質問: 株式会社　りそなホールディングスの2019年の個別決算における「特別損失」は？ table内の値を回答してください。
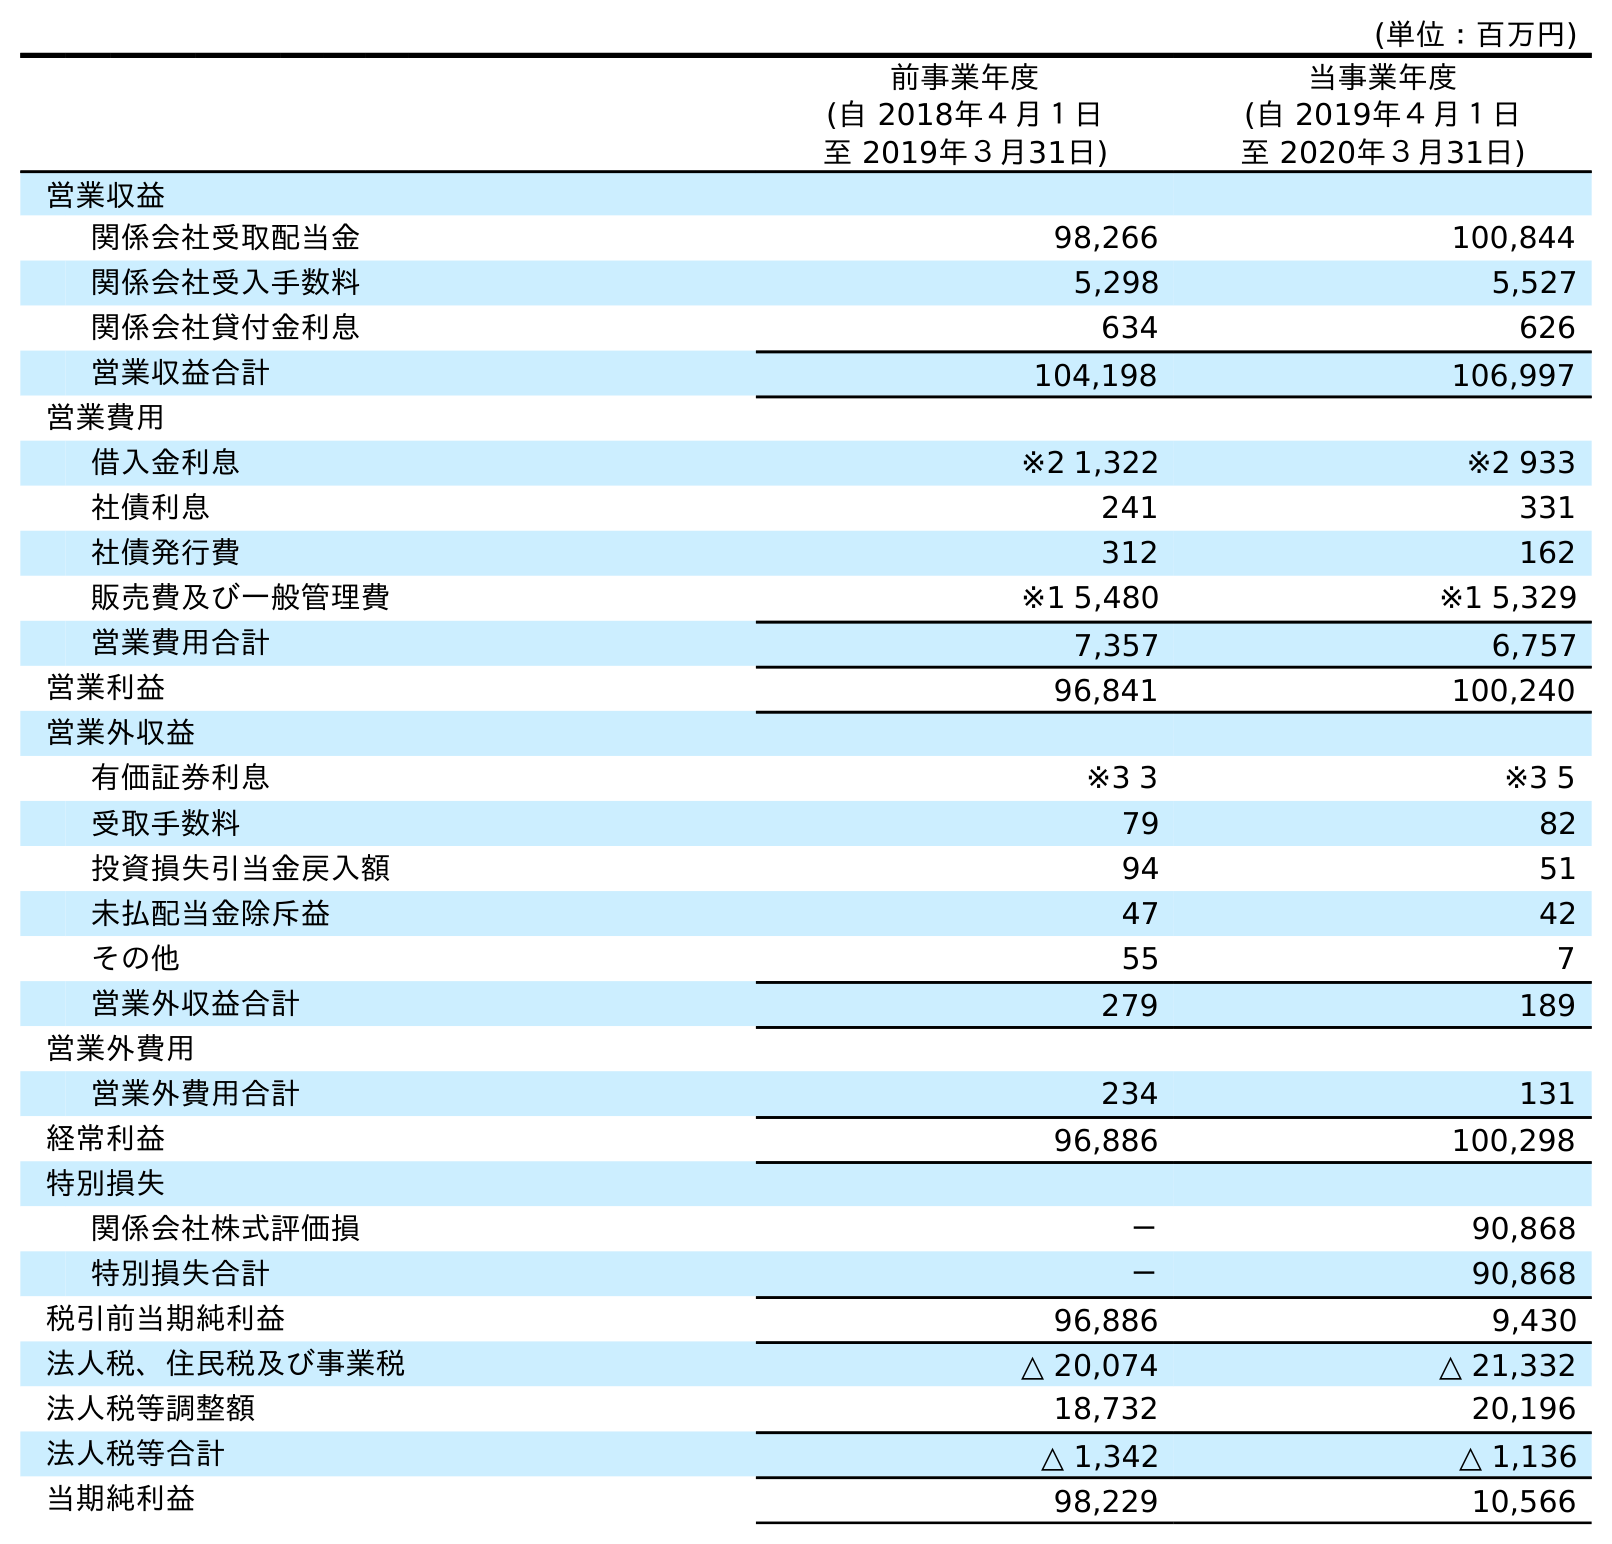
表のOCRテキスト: (単位：百万円) 前事業年度 (自 2018年４月１日 至 2019年３月31日) 当事業年度 (自 2019年４月１日 至 2020年３月31日) 営業収益 関係会社受取配当金 98,266 100,844 関係会社受入手数料 5,298 5,527 関係会社貸付金利息 634 626 営業収益合計 104,198 106,997 営業費用 借入金利息 ※2 1,322 ※2 933 社債利息 241 331 社債発行費 312 162 販売費及び一般管理費 ※1 5,480 ※1 5,329 営業費用合計 7,357 6,757 営業利益 96,841 100,240 営業外収益 有価証券利息 ※3 3 ※3 5 受取手数料 79 82 投資損失引当金戻入額 94 51 未払配当金除斥益 47 42 その他 55 7 営業外収益合計 279 189 営業外費用 営業外費用合計 234 131 経常利益 96,886 100,298 特別損失 関係会社株式評価損 － 90,868 特別損失合計 － 90,868 税引前当期純利益 96,886 9,430 法人税、住民税及び事業税 △ 20,074 △ 21,332 法人税等調整額 18,732 20,196 法人税等合計 △ 1,342 △ 1,136 当期純利益 98,229 10,566
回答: －